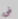
فى